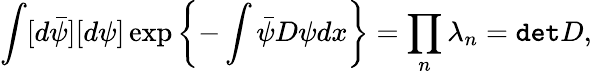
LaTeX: \int[d\bar{\psi}][d\psi]\exp\left\{ -\int\bar{\psi}D\psi dx\right\} =\prod_{n}\lambda_{n}={\tt det}D,